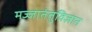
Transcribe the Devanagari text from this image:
मज्जातंतुविज्ञान